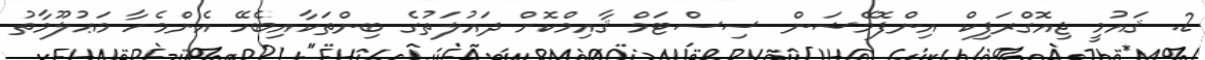
2. ޤައުމީ ޖިއޮގްރަފިކް އިންފޮމޭޝަން ސިސްޓަމް ޤާއިމްކޮށް ދައުލަތުގެ ބިންތަކާއިބެހޭ އެންމެހާ މަޢުލޫމާތު